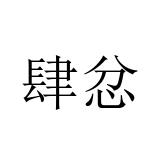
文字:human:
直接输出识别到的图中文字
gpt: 肆忿